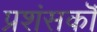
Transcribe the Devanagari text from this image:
प्रशंसकॊं